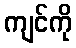
ကျင်ကို